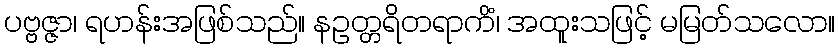
ပဗ္ဗဇ္ဇာ၊ ရဟန်းအဖြစ်သည်။ နဥတ္တရိတရာကိံ၊ အထူးသဖြင့် မမြတ်သလော။